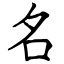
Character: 名